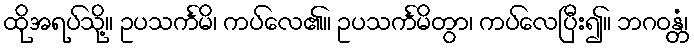
ထိုအရပ်သို့။ ဥပသင်္ကမိ၊ ကပ်လေ၏။ ဥပသင်္ကမိတွာ၊ ကပ်လေပြီး၍။ ဘဂဝန္တံ၊